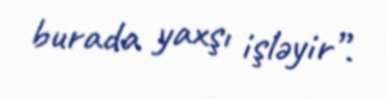
burada yaxşı işləyir”.